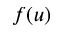
f ( u )